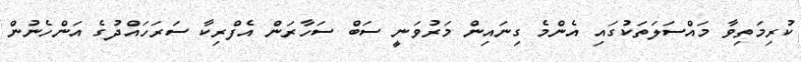
ކުރިމަތިވާ މައްސަލަތަކުގަައި އެންމެ ގިނައިން މަރުވަނީ ސަބް ސަހާރަން އެފްރިކާ ސަރަހައްދުގެ އަންހެނުން